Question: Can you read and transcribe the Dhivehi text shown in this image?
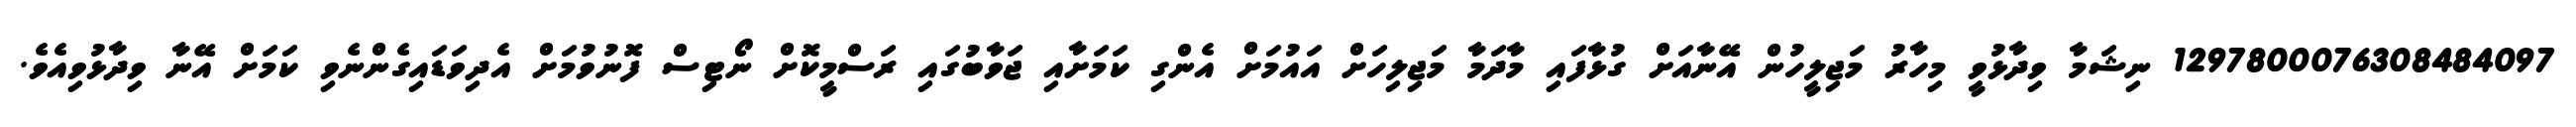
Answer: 1297800076308484097 ނިޝަމާ ވިދާޅުވީ މިހާރު މަޖިލީހުން އޭނާއަށް ގުޅާފައި މާދަމާ މަޖިލިހަށް އައުމަށް އެންގި ކަމަށާއި ޖަވާބުގައި ރަސްމީކޮށް ނޯޓިސް ފޮނުވުމަށް އެދިވަޑައިގެންނެވި ކަމަށް އޭނާ ވިދާޅުވިއެވެ.